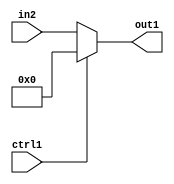
`timescale 1ps / 1ps
/*****************************************************************************
    Verilog RTL Description
    
    
    Created by: Stratus DpOpt 2019.1.01 
*******************************************************************************/

module feature_write_addr_gen_Muxi0u32u1_4 (
	in2,
	ctrl1,
	out1
	); /* architecture "behavioural" */ 
input [31:0] in2;
input  ctrl1;
output [31:0] out1;
wire [31:0] asc001;

reg [31:0] asc001_tmp_0;
assign asc001 = asc001_tmp_0;
always @ (ctrl1 or in2) begin
	case (ctrl1)
		1'B1 : asc001_tmp_0 = 32'B00000000000000000000000000000000 ;
		default : asc001_tmp_0 = in2 ;
	endcase
end

assign out1 = asc001;
endmodule

/* CADENCE  v7D5TwA= : u9/ySgnWtBlWxVPRXgAZ4Og= ** DO NOT EDIT THIS LINE ******/